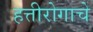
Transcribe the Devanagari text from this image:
हत्तीरोगाचे